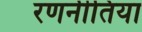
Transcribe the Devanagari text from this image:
रणनीतिया